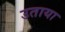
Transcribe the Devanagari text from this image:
उताया